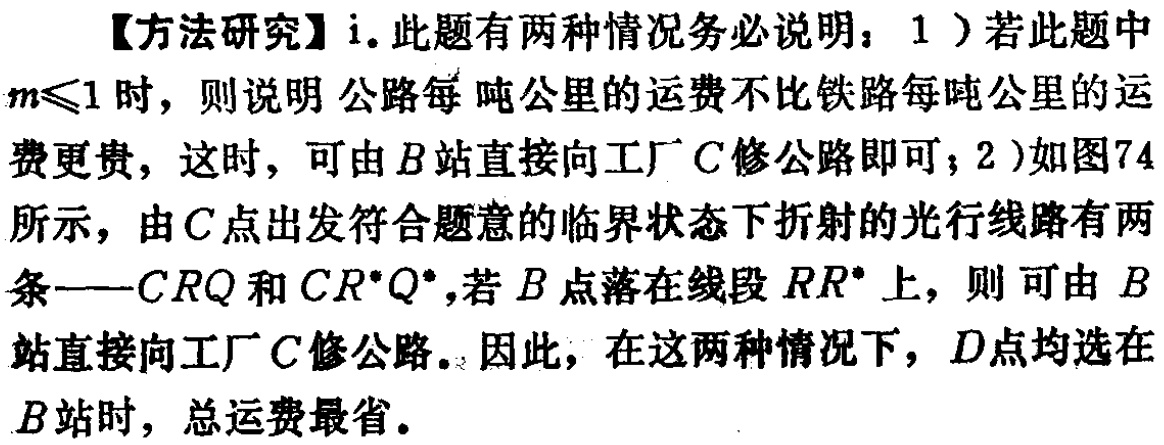
\textcircled{2}注意：